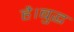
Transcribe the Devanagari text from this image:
है।बुद्ध